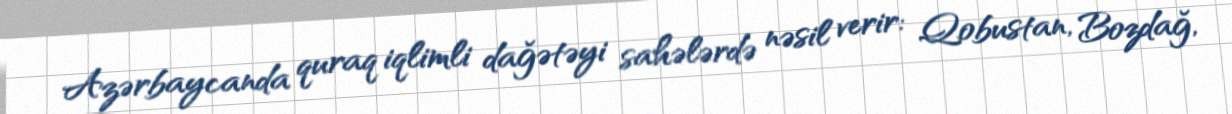
Azərbaycanda quraq iqlimli dağətəyi sahələrdə nəsil verir: Qobustan, Bozdağ,